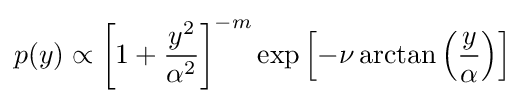
p(y)\propto \left[1+{\frac {y^{2}}{\alpha ^{2}}}\right]^{-m}\exp \left[-\nu \arctan \left({\frac {y}{\alpha }}\right)\right]